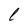
Character: l